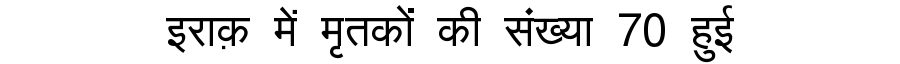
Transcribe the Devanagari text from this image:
इराक़ में मृतकों की संख्या 70 हुई